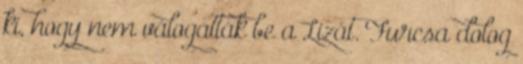
ki, hogy nem válogatták be a Lizát. Furcsa dolog